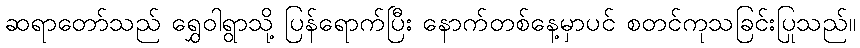
ဆရာတော်သည် ရွှေဝါရွာသို့ ပြန်ရောက်ပြီး နောက်တစ်နေ့မှာပင် စတင်ကုသခြင်းပြုသည်။